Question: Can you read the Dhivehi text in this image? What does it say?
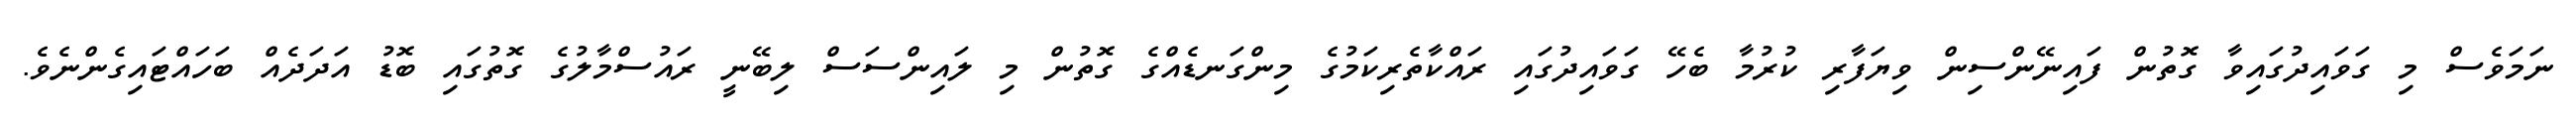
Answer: ނަމަވެސް މި ގަވައިދުގައިވާ ގޮތުން ފައިނޭންސިން ވިޔަފާރި ކުރުމާ ބެހޭ ގަވައިދުގައި ރައްކާތެރިކަމުގެ މިންގަނޑެއްގެ ގޮތުން މި ލައިންސަސް ލިބޭނީ ރައުސްމާލުގެ ގޮތުގައި ބޮޑު އަދަދެއް ބަހައްޓައިގެންނެވެ.